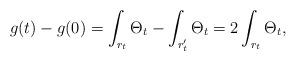
LaTeX: \begin{align*}g(t)-g(0)= \int_{r_t}\Theta_t- \int_{r'_t}\Theta_t=2\int_{r_t}\Theta_t,\end{align*}